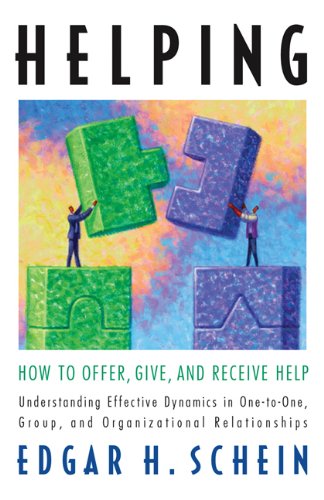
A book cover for Helping: How to Offer, Give, and Receive Help; Edgar H. Schein; Business & Money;